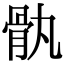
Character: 骫